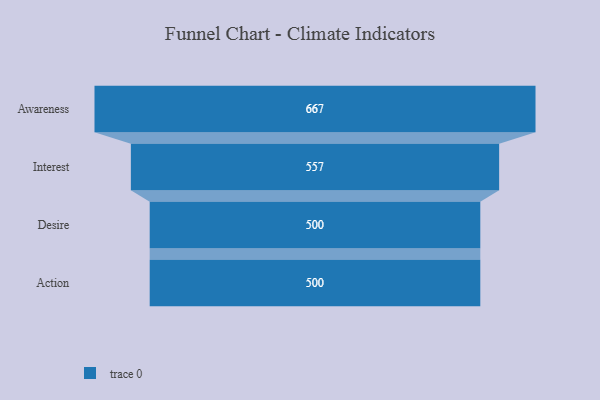
{"axis": {"x": "Stage", "y": "Value"}, "legend": [""], "data": [{"x": "Awareness", "y": 667.0, "type": ""}, {"x": "Interest", "y": 557.0, "type": ""}, {"x": "Desire", "y": 500, "type": ""}, {"x": "Action", "y": 500, "type": ""}]}